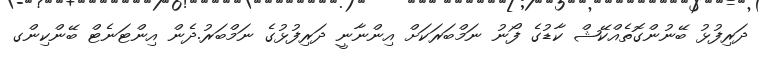
ދަރިފުޅު ބޭނުންގޮތެއްކޭޝް ކާޑުގެ ފޯނު ނަމްބަރަކަށް އިންނާނީ ދަރިފުޅުގެ ނަމްބަރު.ދެން އިންޓަނެޓް ބޭންކިންގ